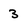
Character: 3